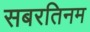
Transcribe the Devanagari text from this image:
सबरतिनम